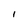
Character: 1